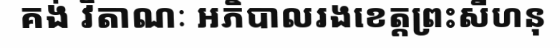
គង់ វិតាណៈ អភិបាលរងខេត្តព្រះសីហនុ